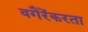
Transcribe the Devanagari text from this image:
वगैरेंकरता